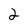
Character: 2